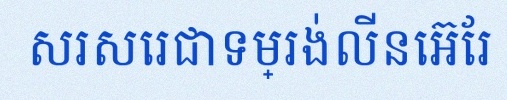
សរសេរជាទម្រង់លីនេអ៊ែរ